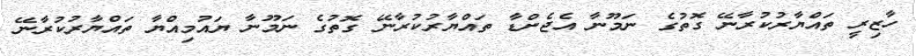
ހާޒިރީ ތައްޔާރުކުރާނޭ ގޮތުގެ ނަމޫނާ އެޖެންޑާ ތައްޔާރުކުރާނޭ ގޮތުގެ ނަމޫނާ ޔައުމިއްޔާ ތައްޔާރުކުރާނޭ